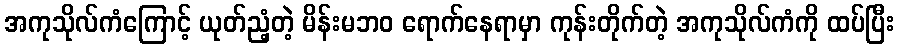
အကုသိုလ်ကံကြောင့် ယုတ်ညံ့တဲ့ မိန်းမဘဝ ရောက်နေရာမှာ ကုန်းတိုက်တဲ့ အကုသိုလ်ကံကို ထပ်ပြီး